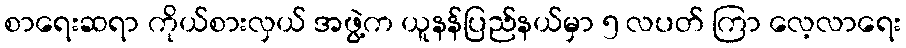
စာရေးဆရာ ကိုယ်စားလှယ် အဖွဲ့က ယူနန်ပြည်နယ်မှာ ၅ လပတ် ကြာ လေ့လာရေး